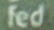
fed